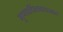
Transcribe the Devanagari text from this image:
गुणवर्धितवातजात